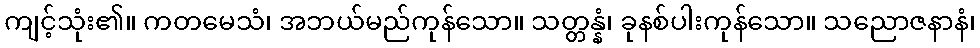
ကျင့်သုံး၏။ ကတမေသံ၊ အဘယ်မည်ကုန်သော။ သတ္တန္နံ၊ ခုနစ်ပါးကုန်သော။ သညောဇနာနံ၊